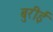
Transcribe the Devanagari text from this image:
बुरीई